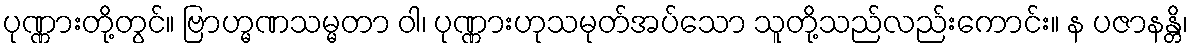
ပုဏ္ဏားတို့တွင်။ ဗြာဟ္မဏသမ္မတာ ဝါ၊ ပုဏ္ဏားဟုသမုတ်အပ်သော သူတို့သည်လည်းကောင်း။ န ပဇာနန္တိ၊